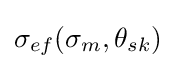
{{\sigma }_{ef}}({{\sigma }_{m}},{{\theta }_{sk}})